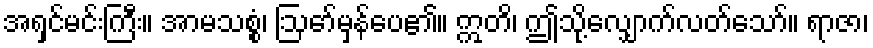
အရှင်မင်းကြီး။ အာမသစ္စံ၊ ဩော်မှန်ပေ၏။ ဣတိ၊ ဤသို့လျှောက်လတ်သော်။ ရာဇာ၊